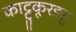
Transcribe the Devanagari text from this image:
काट्टुकूरङङु